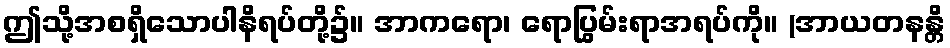
ဤသို့အစရှိသောပါနိရပ်တို့၌။ အာကရော၊ ရောပြွမ်းရာအရပ်ကို။ (အာယတနန္တိ